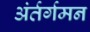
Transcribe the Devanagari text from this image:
अंर्तर्गमन